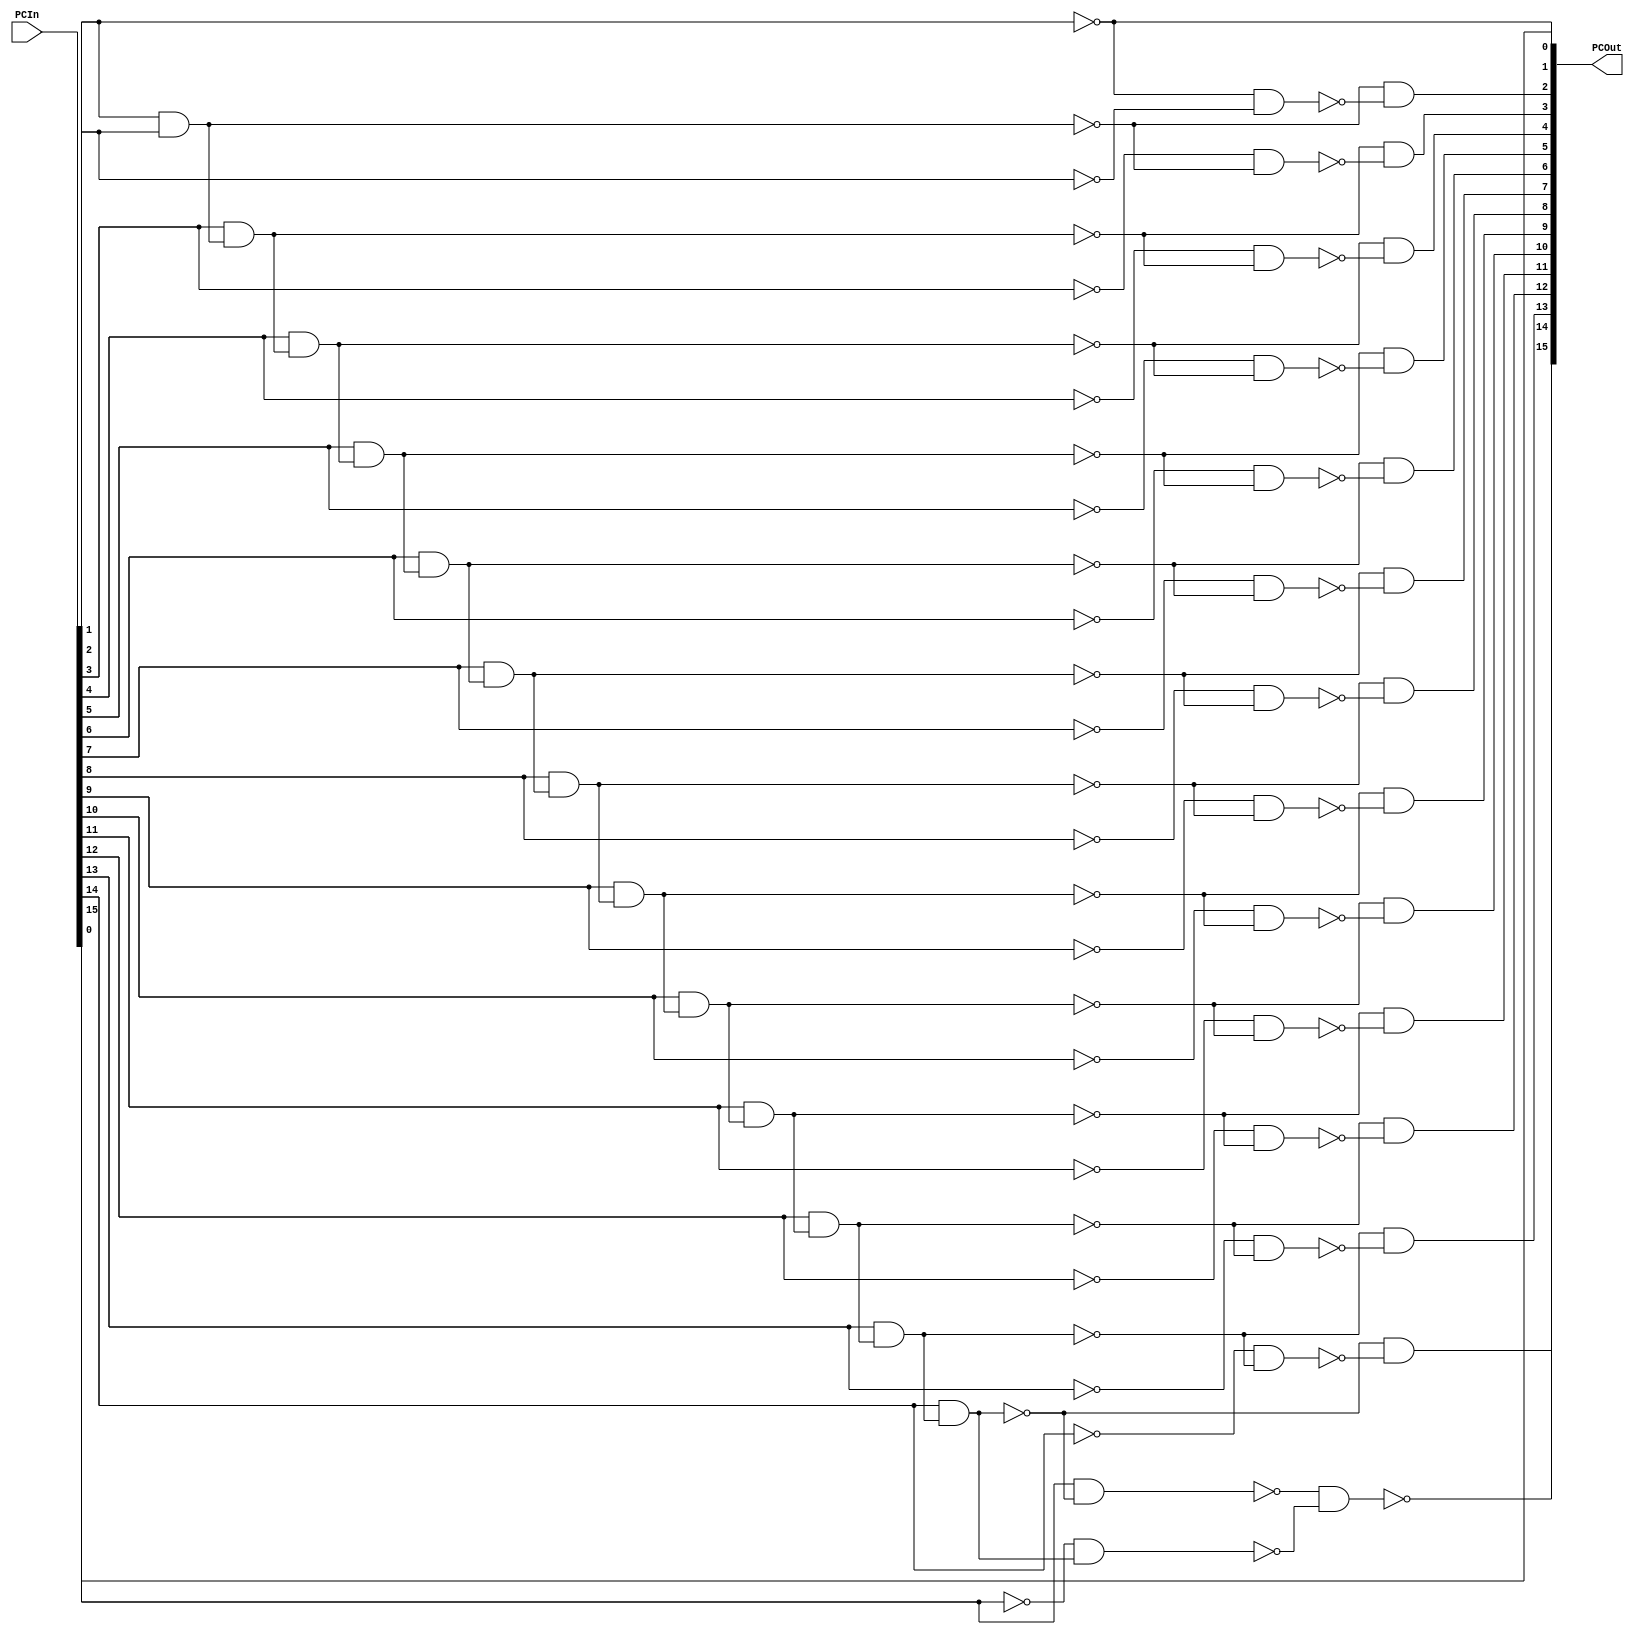
/* Generated by Yosys 0.28+1 (git sha1 a9c792dce, clang 10.0.0-4ubuntu1 -fPIC -Os) */

(* hdlname = "\\\\PCAdder" *)
(* top =  1  *)
(* src = "PCAdder.v:3.1-11.10" *)
module PCAdder(PCIn, PCOut);
  wire _000_;
  wire _001_;
  wire _002_;
  wire _003_;
  wire _004_;
  wire _005_;
  wire _006_;
  wire _007_;
  wire _008_;
  wire _009_;
  wire _010_;
  wire _011_;
  wire _012_;
  wire _013_;
  wire _014_;
  wire _015_;
  wire _016_;
  wire _017_;
  wire _018_;
  wire _019_;
  wire _020_;
  (* src = "PCAdder.v:4.14-4.18" *)
  wire _021_;
  (* src = "PCAdder.v:4.14-4.18" *)
  wire _022_;
  (* src = "PCAdder.v:4.14-4.18" *)
  wire _023_;
  (* src = "PCAdder.v:4.14-4.18" *)
  wire _024_;
  (* src = "PCAdder.v:4.14-4.18" *)
  wire _025_;
  (* src = "PCAdder.v:4.14-4.18" *)
  wire _026_;
  (* src = "PCAdder.v:4.14-4.18" *)
  wire _027_;
  (* src = "PCAdder.v:4.14-4.18" *)
  wire _028_;
  (* src = "PCAdder.v:4.14-4.18" *)
  wire _029_;
  (* src = "PCAdder.v:4.14-4.18" *)
  wire _030_;
  (* src = "PCAdder.v:4.14-4.18" *)
  wire _031_;
  (* src = "PCAdder.v:4.14-4.18" *)
  wire _032_;
  (* src = "PCAdder.v:4.14-4.18" *)
  wire _033_;
  (* src = "PCAdder.v:4.14-4.18" *)
  wire _034_;
  (* src = "PCAdder.v:4.14-4.18" *)
  wire _035_;
  (* src = "PCAdder.v:5.19-5.24" *)
  wire _036_;
  (* src = "PCAdder.v:5.19-5.24" *)
  wire _037_;
  (* src = "PCAdder.v:5.19-5.24" *)
  wire _038_;
  (* src = "PCAdder.v:5.19-5.24" *)
  wire _039_;
  (* src = "PCAdder.v:5.19-5.24" *)
  wire _040_;
  (* src = "PCAdder.v:5.19-5.24" *)
  wire _041_;
  (* src = "PCAdder.v:5.19-5.24" *)
  wire _042_;
  (* src = "PCAdder.v:5.19-5.24" *)
  wire _043_;
  (* src = "PCAdder.v:5.19-5.24" *)
  wire _044_;
  (* src = "PCAdder.v:5.19-5.24" *)
  wire _045_;
  (* src = "PCAdder.v:5.19-5.24" *)
  wire _046_;
  (* src = "PCAdder.v:5.19-5.24" *)
  wire _047_;
  (* src = "PCAdder.v:5.19-5.24" *)
  wire _048_;
  (* src = "PCAdder.v:5.19-5.24" *)
  wire _049_;
  (* src = "PCAdder.v:5.19-5.24" *)
  wire _050_;
  wire _051_;
  wire _052_;
  wire _053_;
  wire _054_;
  wire _055_;
  wire _056_;
  wire _057_;
  wire _058_;
  wire _059_;
  wire _060_;
  wire _061_;
  wire _062_;
  wire _063_;
  wire _064_;
  wire _065_;
  wire _066_;
  wire _067_;
  wire _068_;
  wire _069_;
  wire _070_;
  wire _071_;
  wire _072_;
  wire _073_;
  wire _074_;
  wire _075_;
  wire _076_;
  wire _077_;
  wire _078_;
  wire _079_;
  wire _080_;
  wire _081_;
  wire _082_;
  wire _083_;
  wire _084_;
  wire _085_;
  wire _086_;
  wire _087_;
  wire _088_;
  wire _089_;
  wire _090_;
  wire _091_;
  wire _092_;
  wire _093_;
  wire _094_;
  wire _095_;
  wire _096_;
  wire _097_;
  wire _098_;
  wire _099_;
  wire _100_;
  wire _101_;
  wire _102_;
  wire _103_;
  wire _104_;
  wire _105_;
  wire _106_;
  wire _107_;
  wire _108_;
  wire _109_;
  wire _110_;
  wire _111_;
  wire _112_;
  wire _113_;
  wire _114_;
  wire _115_;
  wire _116_;
  wire _117_;
  wire _118_;
  (* src = "PCAdder.v:4.14-4.18" *)
  input [15:0] PCIn;
  wire [15:0] PCIn;
  (* src = "PCAdder.v:5.19-5.24" *)
  output [15:0] PCOut;
  wire [15:0] PCOut;
  assign _042_ = ~_027_;
  assign _060_ = ~_022_;
  assign _061_ = ~_023_;
  assign _062_ = ~_035_;
  assign _063_ = ~_021_;
  assign _064_ = ~_033_;
  assign _065_ = ~_034_;
  assign _066_ = ~_031_;
  assign _067_ = ~_032_;
  assign _068_ = ~_029_;
  assign _069_ = ~_030_;
  assign _070_ = ~_028_;
  assign _071_ = ~_024_;
  assign _072_ = ~_025_;
  assign _073_ = ~_026_;
  assign _074_ = ~(_027_ & _028_);
  assign _075_ = ~_074_;
  assign _076_ = ~(_029_ & _075_);
  assign _077_ = ~_076_;
  assign _078_ = ~(_030_ & _077_);
  assign _079_ = ~_078_;
  assign _080_ = ~(_031_ & _079_);
  assign _081_ = ~_080_;
  assign _082_ = ~(_032_ & _081_);
  assign _083_ = ~_082_;
  assign _084_ = ~(_033_ & _083_);
  assign _085_ = ~_084_;
  assign _086_ = ~(_034_ & _085_);
  assign _087_ = ~_086_;
  assign _088_ = ~(_035_ & _087_);
  assign _089_ = ~_088_;
  assign _090_ = ~(_021_ & _089_);
  assign _091_ = ~_090_;
  assign _092_ = ~(_022_ & _091_);
  assign _093_ = ~_092_;
  assign _094_ = ~(_023_ & _093_);
  assign _095_ = ~_094_;
  assign _096_ = ~(_024_ & _095_);
  assign _097_ = ~_096_;
  assign _098_ = ~(_071_ & _094_);
  assign _099_ = ~(_096_ & _098_);
  assign _039_ = ~_099_;
  assign _100_ = ~(_025_ & _097_);
  assign _101_ = ~_100_;
  assign _102_ = ~(_072_ & _096_);
  assign _103_ = ~(_100_ & _102_);
  assign _040_ = ~_103_;
  assign _104_ = ~(_026_ & _100_);
  assign _105_ = ~(_073_ & _101_);
  assign _041_ = ~(_104_ & _105_);
  assign _106_ = ~(_042_ & _070_);
  assign _107_ = ~(_074_ & _106_);
  assign _043_ = ~_107_;
  assign _108_ = ~(_068_ & _074_);
  assign _109_ = ~(_076_ & _108_);
  assign _044_ = ~_109_;
  assign _110_ = ~(_069_ & _076_);
  assign _111_ = ~(_078_ & _110_);
  assign _045_ = ~_111_;
  assign _112_ = ~(_066_ & _078_);
  assign _113_ = ~(_080_ & _112_);
  assign _046_ = ~_113_;
  assign _114_ = ~(_067_ & _080_);
  assign _115_ = ~(_082_ & _114_);
  assign _047_ = ~_115_;
  assign _116_ = ~(_064_ & _082_);
  assign _117_ = ~(_084_ & _116_);
  assign _048_ = ~_117_;
  assign _118_ = ~(_065_ & _084_);
  assign _051_ = ~(_086_ & _118_);
  assign _049_ = ~_051_;
  assign _052_ = ~(_062_ & _086_);
  assign _053_ = ~(_088_ & _052_);
  assign _050_ = ~_053_;
  assign _054_ = ~(_063_ & _088_);
  assign _055_ = ~(_090_ & _054_);
  assign _036_ = ~_055_;
  assign _056_ = ~(_060_ & _090_);
  assign _057_ = ~(_092_ & _056_);
  assign _037_ = ~_057_;
  assign _058_ = ~(_061_ & _092_);
  assign _059_ = ~(_094_ & _058_);
  assign _038_ = ~_059_;
  assign PCOut[0] = PCIn[0];
  assign _027_ = PCIn[1];
  assign PCOut[1] = _042_;
  assign _022_ = PCIn[11];
  assign _023_ = PCIn[12];
  assign _035_ = PCIn[9];
  assign _021_ = PCIn[10];
  assign _033_ = PCIn[7];
  assign _034_ = PCIn[8];
  assign _031_ = PCIn[5];
  assign _032_ = PCIn[6];
  assign _029_ = PCIn[3];
  assign _030_ = PCIn[4];
  assign _028_ = PCIn[2];
  assign _024_ = PCIn[13];
  assign PCOut[13] = _039_;
  assign _025_ = PCIn[14];
  assign PCOut[14] = _040_;
  assign _026_ = PCIn[15];
  assign PCOut[15] = _041_;
  assign PCOut[2] = _043_;
  assign PCOut[3] = _044_;
  assign PCOut[4] = _045_;
  assign PCOut[5] = _046_;
  assign PCOut[6] = _047_;
  assign PCOut[7] = _048_;
  assign PCOut[8] = _049_;
  assign PCOut[9] = _050_;
  assign PCOut[10] = _036_;
  assign PCOut[11] = _037_;
  assign PCOut[12] = _038_;
endmodule